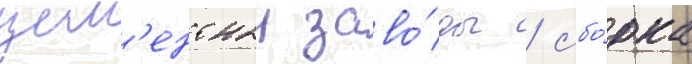
цем'ентныи заво́ды / сбо́рка